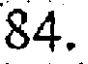
84.